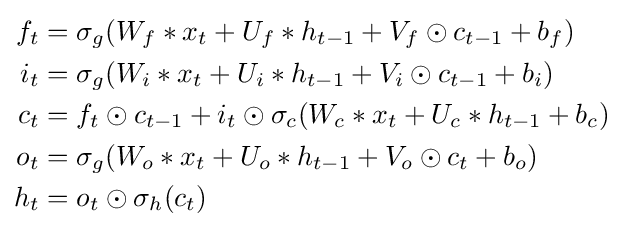
{\begin{aligned}f_{t}&=\sigma _{g}(W_{f}*x_{t}+U_{f}*h_{t-1}+V_{f}\odot c_{t-1}+b_{f})\\i_{t}&=\sigma _{g}(W_{i}*x_{t}+U_{i}*h_{t-1}+V_{i}\odot c_{t-1}+b_{i})\\c_{t}&=f_{t}\odot c_{t-1}+i_{t}\odot \sigma _{c}(W_{c}*x_{t}+U_{c}*h_{t-1}+b_{c})\\o_{t}&=\sigma _{g}(W_{o}*x_{t}+U_{o}*h_{t-1}+V_{o}\odot c_{t}+b_{o})\\h_{t}&=o_{t}\odot \sigma _{h}(c_{t})\end{aligned}}